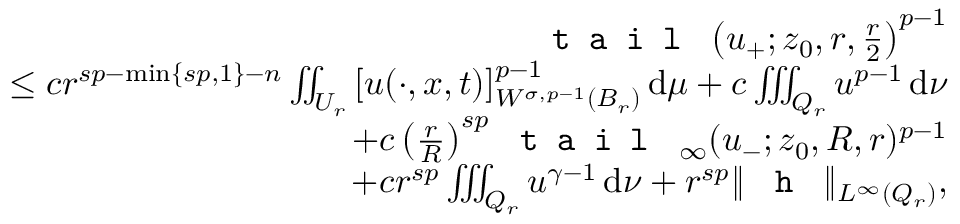
\begin{array} { r l r } & { } & { \textup { \texttt { t a i l } } \big ( u _ { + } ; z _ { 0 } , r , \frac { r } { 2 } \big ) ^ { p - 1 } } \\ & { } & { \quad \leq c r ^ { s p - \operatorname* { m i n } \{ s p , 1 \} - n } \iint _ { U _ { r } } \, [ u ( \cdot , x , t ) ] _ { W ^ { \sigma , p - 1 } ( B _ { r } ) } ^ { p - 1 } \, \mathrm { d } \mu + c \iiint _ { Q _ { r } } u ^ { p - 1 } \, \mathrm { d } \nu } \\ & { } & { \qquad + c \, \big ( \frac { r } { R } \big ) ^ { s p } \textup { \texttt { t a i l } } _ { \infty } ( u _ { - } ; z _ { 0 } , R , r ) ^ { p - 1 } } \\ & { } & { \qquad + c r ^ { s p } \iiint _ { Q _ { r } } u ^ { \gamma - 1 } \, \mathrm { d } \nu + r ^ { s p } \| \textup { \texttt { h } } \| _ { L ^ { \infty } ( Q _ { r } ) } , } \end{array}